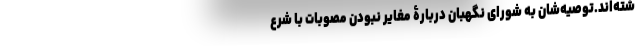
شته‌اند.توصیه‌شان به شورای نگهبان دربارۀ مغایر نبودن مصوبات با شرع